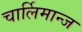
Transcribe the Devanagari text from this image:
चार्लिमान्ज